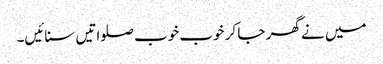
میں نے گھر جا کر خوب خوب صلواتیں سنائیں۔